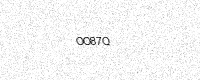
Text: OO87Q